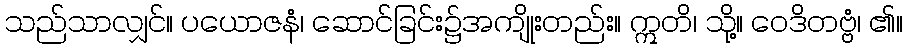
သည်သာလျှင်။ ပယောဇနံ၊ ဆောင်ခြင်း၌အကျိုးတည်း။ ဣတိ၊ သို့။ ဝေဒိတဗ္ဗံ၊ ၏။